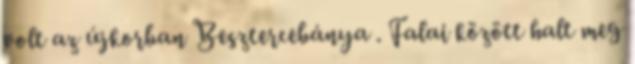
volt az újkorban Besztercebánya . Falai között halt meg